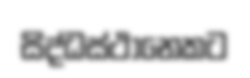
සිද්ධස්ථානෙකට